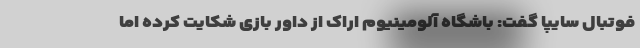
فوتبال سایپا گفت: باشگاه آلومینیوم اراک از داور بازی شکایت کرده اما